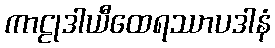
ကာဠုဒါယီထေရဿာပဒါနံ